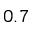
0 . 7